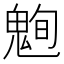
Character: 𮫞